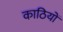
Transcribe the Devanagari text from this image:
काठियों